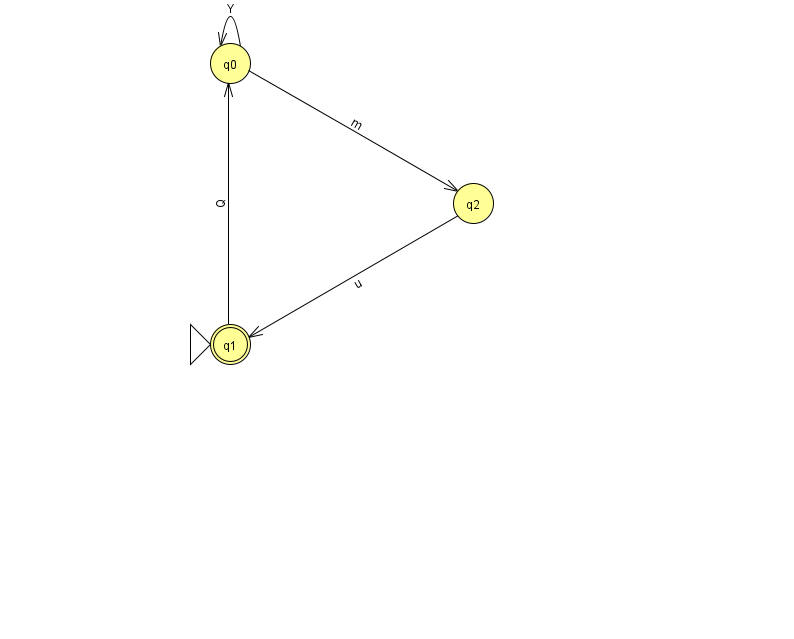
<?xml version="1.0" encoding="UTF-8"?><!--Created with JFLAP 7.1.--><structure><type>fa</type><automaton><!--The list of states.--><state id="0" name="q0"><x>230.0</x><y>50.0</y></state><state id="1" name="q1"><x>230.0</x><y>331.0</y><initial/><final/></state><state id="2" name="q2"><x>473.0</x><y>190.0</y></state><!--The list of transitions.--><transition><from>2</from><to>1</to><read>u</read></transition><transition><from>1</from><to>0</to><read>Q</read></transition><transition><from>0</from><to>0</to><read>Y</read></transition><transition><from>0</from><to>2</to><read>m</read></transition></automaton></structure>